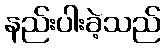
နည်းပါးခဲ့သည်